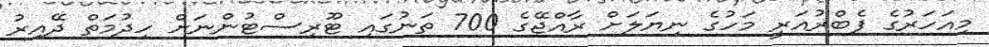
މިއަހަރުގެ ފެބްރުއަރީ މަހުގެ ނިޔަލަށް ރާއްޖޭގެ 700 ތަނުގައި ޓޫރިސްޓުންނަށް ހިދުމަތް ދޭއިރު